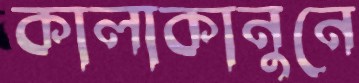
কালাকানুনে